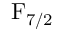
\mathrm { F } _ { 7 / 2 }